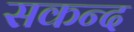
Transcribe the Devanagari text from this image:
सकन्द